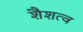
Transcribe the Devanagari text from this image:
शैशत्व